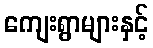
ကျေးရွာများနှင့်